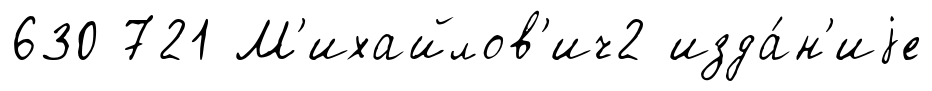
630 721 М'ихайлов'ич2 изда́н'иjе